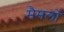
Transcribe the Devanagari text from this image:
मैमलों